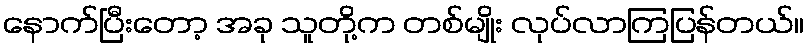
နောက်ပြီးတော့ အခု သူတို့က တစ်မျိုး လုပ်လာကြပြန်တယ်။